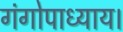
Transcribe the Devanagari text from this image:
गंगोपाध्याय।